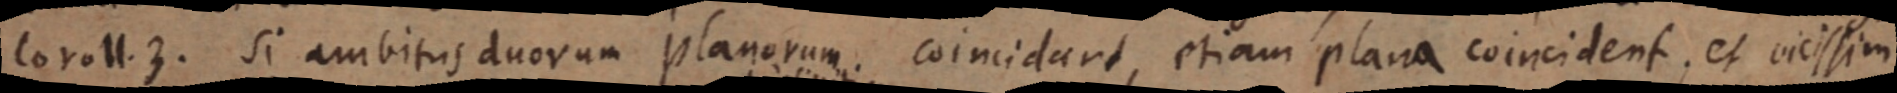
Coroll. 3. si ambitus duorum planorum. coincidant, etiam plana coincident, et vicissim